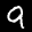
Label: 9